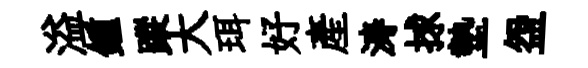
溢鍾蹤大珥好產涛捄墊盌